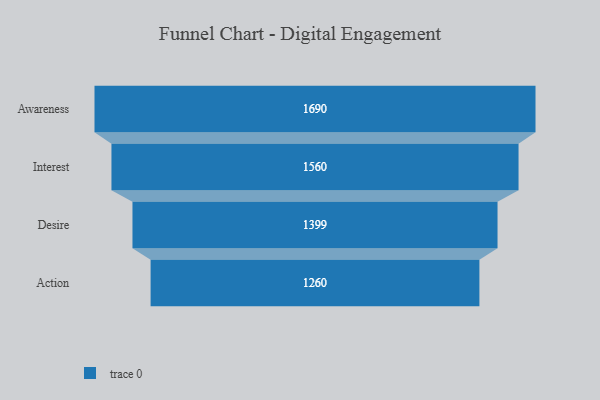
{"axis": {"x": "Stage", "y": "Value"}, "legend": [""], "data": [{"x": "Awareness", "y": 1690.0, "type": ""}, {"x": "Interest", "y": 1560.0, "type": ""}, {"x": "Desire", "y": 1399.0, "type": ""}, {"x": "Action", "y": 1260.0, "type": ""}]}